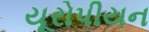
યૂરોપીયન